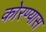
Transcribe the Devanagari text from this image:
कोरण्यास